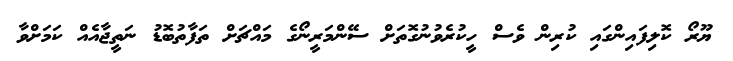
ޔޫރޯ ކޮލިފައިންގައި ކުރިން ވެސް ހީކުރެވުނުގޮތަށް ސޭންމަރީނޯގެ މައްޗަށް ތަފާތުބޮޑު ނަތީޖާއެއް ކަމަށްވާ